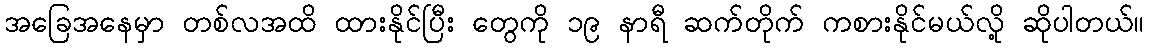
အခြေအနေမှာ တစ်လအထိ ထားနိုင်ပြီး တွေကို ၁၉ နာရီ ဆက်တိုက် ကစားနိုင်မယ်လို့ ဆိုပါတယ်။